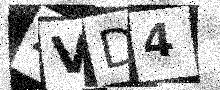
Text: 4VD4